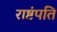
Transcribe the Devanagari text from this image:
राष्टंपति